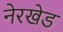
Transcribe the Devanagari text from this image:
नेरखेड